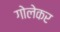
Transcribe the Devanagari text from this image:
गोलेकर